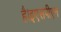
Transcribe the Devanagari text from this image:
है।इएसपीएन